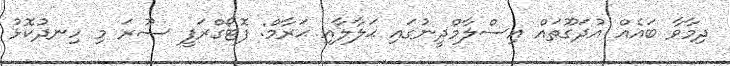
ދިމާވާ ބައެއް އުދަގޫތައް އިސްލާމްދީނުގައި ޙަލާލާއި ޙަރާމް: ފޮޓޯގްރަފީ ޞޫރަ މި ހިނދުކޮޅު